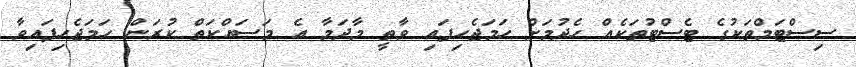
ސިސްޓަމްތަކުގެ ޓެސްޓުތަކެއް ހެދުމަށް ހަމަޖެހިފައި ވާތީ މާދަމާ އެ މަސައްކަތް ކުރަން ހަމަޖެހިފައިވާ